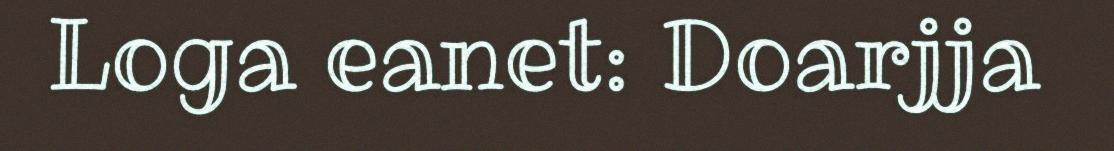
Loga eanet: Doarjja